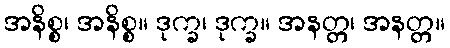
အနိစ္စ၊ အနိစ္စ။ ဒုက္ခ၊ ဒုက္ခ။ အနတ္တ၊ အနတ္တ။